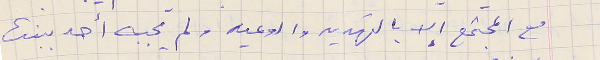
مع المجتمع إلا بالتهديد والوعيد ولم يجبه أحد ببنت